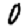
Digit: 0